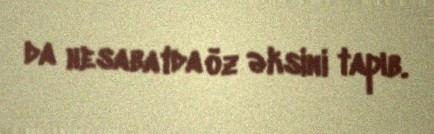
da hesabatda öz əksini tapıb.